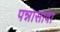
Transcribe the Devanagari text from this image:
पन्नासावा